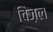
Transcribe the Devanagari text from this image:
चिज़ल